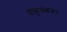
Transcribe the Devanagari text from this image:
वायुरधोक्षजः।।